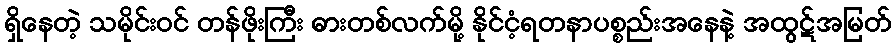
ရှိနေတဲ့ သမိုင်းဝင် တန်ဖိုးကြီး ဓားတစ်လက်မို့ နိုင်ငံ့ရတနာပစ္စည်းအနေနဲ့ အထွဋ်အမြတ်